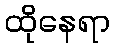
ထိုနေရာ